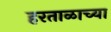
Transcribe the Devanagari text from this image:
हरताळाच्या